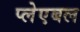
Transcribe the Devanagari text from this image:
प्लेएबल